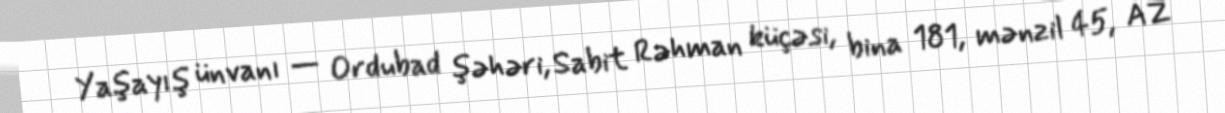
Yaşayış ünvanı — Ordubad şəhəri, Sabit Rəhman küçəsi, bina 181, mənzil 45, AZ